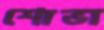
শোভা